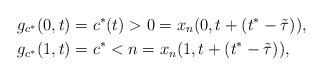
LaTeX: \begin{align*}g_{c^*}(0,t) &= c^*(t) > 0 = x_n(0,t + (t^* - \tilde{\tau})),\\g_{c^*}(1,t) &= c^* < n = x_n(1,t + (t^* - \tilde{\tau})),\end{align*}